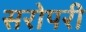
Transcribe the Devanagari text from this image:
सरोपरी